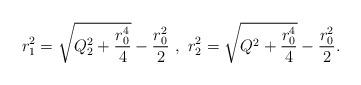
LaTeX: \begin{align*}r_1^2=\sqrt{Q_2^2+\frac{r_0^4}{4}}-\frac{r_0^2}{2} \ , \ r_2^2=\sqrt{Q^2+\frac{r_0^4}{4}}-\frac{r_0^2}{2}.\end{align*}